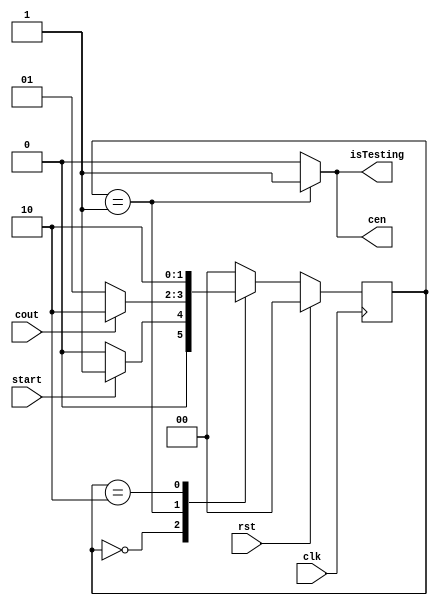
`timescale 1ns / 1ps

module MBIST_Controller(input start, rst, clk, cout, output isTesting, cen);
parameter RESET = 0, TEST = 1, DONE = 2; 
reg [1:0]state;
always @ (posedge clk) begin
    if (rst)
        state <= RESET;
    else
        case(state)
            RESET: if (start)
                        state <= TEST;
                    else
                        state <= RESET;
                        
            TEST: if (cout)
                        state <= DONE;
                   else
                        state <= TEST;
                        
            DONE: state <= DONE;
            
            default:
                    state <= RESET;
        endcase
end
assign cen = (state == TEST) ? 1'b1 : 1'b0;
assign isTesting = (state == TEST) ? 1'b1 : 1'b0;



endmodule